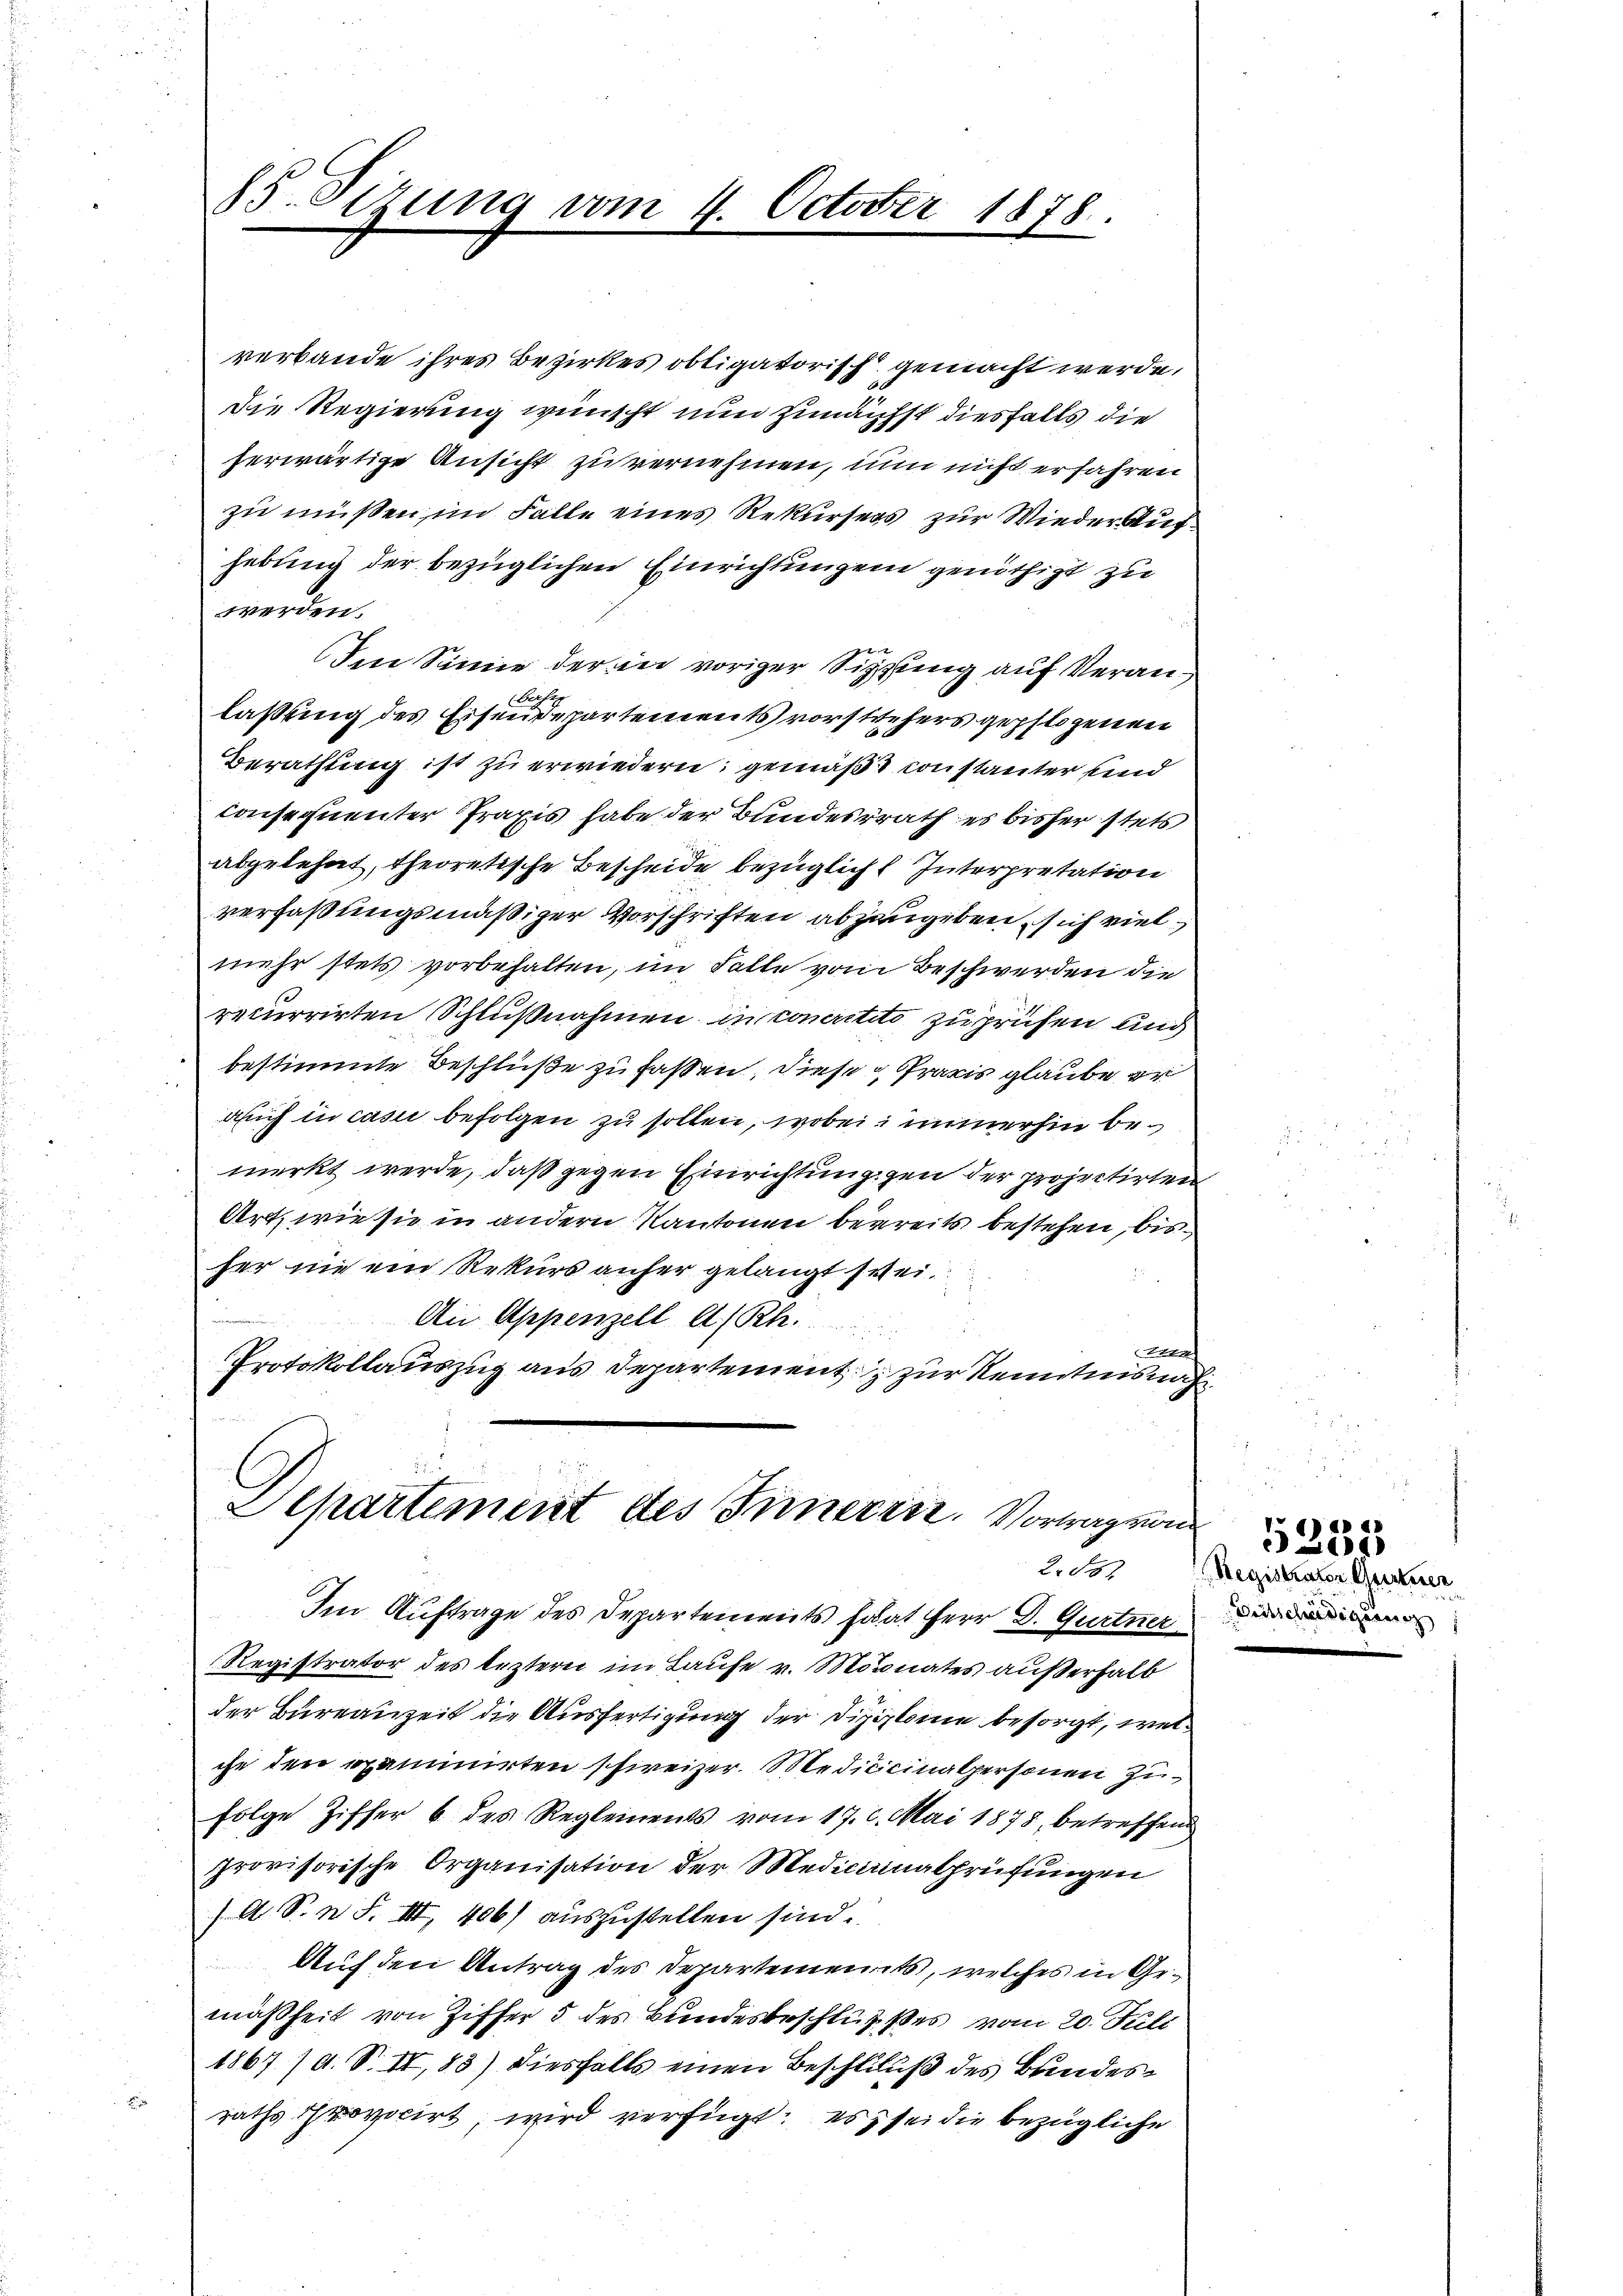
85. Sizung vom 4. October 1878.

verbande ihres Bezirkes obligatorisch gemacht werde.
die Regierung wünscht nun zunächst diesfalls die
herwärtige Ansicht zu vernehmen, nun nicht erfahren
zu müßen im Falle eines Rekursers zur Wieder Aufhebung der bezüglichen Einrichtungen genöthigt zu
werden.
Im Sinne der in voriger Sitzung auf Veran¬
Bet
laßung des Eisendepartements vorstehers gepflogenen
Berathung ist zu erwiedern; gemäß constanter sind
consequenter Praxis habe der Bundesrath es bisher stets
abgelehnt, theoretische Bescheide bezügliche Interpretation
verfaßungsmäßiger Vorschriften abzugeben, sich vielmehr stets vorbehalten, im Falle vom Beschwerden die
recurrirten Schlußnahmen in concretito zu prüfen und
 bestimmte Beschlüße zu faßen, diese Praxis glaube er
Auch in casu befolgen zu sollen, wobei immerhin bemerkt werde, daß gegen Einrichtung gen der projectirten
Art, wie sie in andern Kantonen beereits bestehen, bis
her nie ein Rekurs aufer gelangt sei.

An Appenzell A/Rh.
e
Protokollauszug aus Departement zur Kenntnisnah

Separtement des Inneren. Vortrag von
2. 588

Im Auftrage des Departements frat Herr D. Gurtner
Registrator des leztern im Laufe v. Monates außerhalb
der Bureauzeit die Ausfertigung der Diplome besorgt, welihr den exammirten schreizer. Medicinalpersonen zu
folge Ziffer 6. des Reglements vom 17. 6. Mai 1878, betreffend
provisorische Organisation der Medicinalprüfungen
/A. S. n. F. III 406) auszustellen sind.
Auf den Antrag des Departements, welches in Gemäßheit von Ziffer 5 des Bundesbeschlusses vom 20. Juli
1867 /d. S. II, 83) diesfalls einen Beschluß des Bundes¬

raths Provicirt, wird verfügt: es sei die bezügliche

5200
Registrator Gentner
Britschädigung |

.43